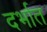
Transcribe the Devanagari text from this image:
दर्भात